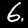
Label: 6